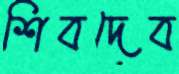
শিবদেব